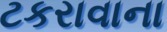
ટકરાવાના